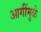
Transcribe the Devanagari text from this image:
आगींमुळे